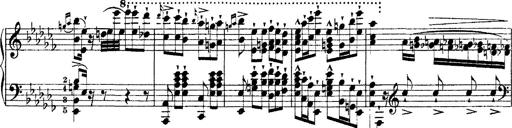
Title: Ã‰tudes d'exÃ©cution transcendante d'aprÃ¨s Paganini
Composer: Franz Liszt